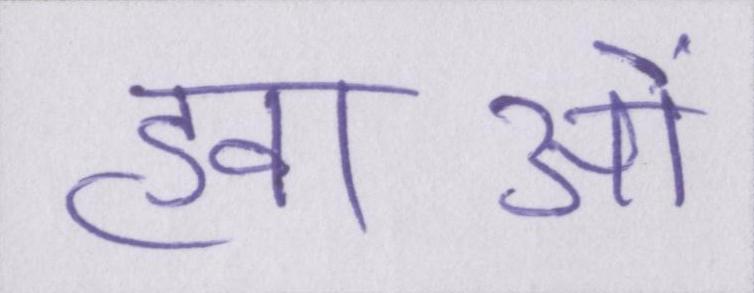
हवाओं